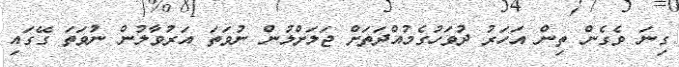
ގިނަ ވެގެން ތިން އަހަރު ދުވަހުގެމުއްދަތަށް ޖަލަށްލުން ނުވަތަ އަރުވާލުން ނުވަތަ ގޭގައި